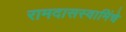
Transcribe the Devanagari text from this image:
रामदासस्वामिंचे